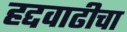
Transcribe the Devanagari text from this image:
हद्दवाढीचा